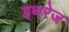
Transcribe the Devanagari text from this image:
इथरेज